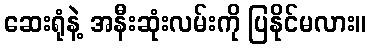
ဆေးရုံနဲ့ အနီးဆုံးလမ်းကို ပြနိုင်မလား။